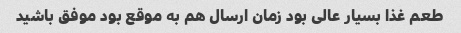
طعم غذا بسیار عالی بود زمان ارسال هم به موقع بود موفق باشید